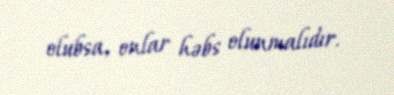
olubsa, onlar həbs olunmalıdır.